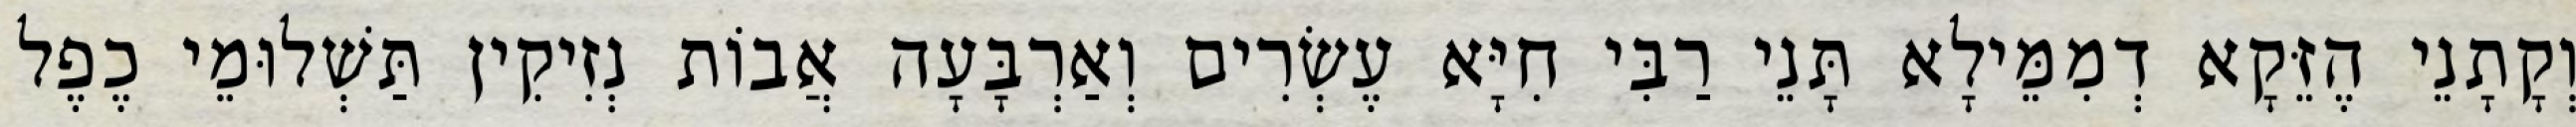
וְקָתָנֵי הֶזֵּקָא דְמִמֵּילָא תָּנֵי רַבִּי חִיָּא עֶשְׂרִים וְאַרְבָּעָה אֲבוֹת נְזִיקִין תַּשְׁלוּמֵי כֶפֶל